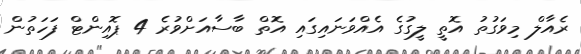
ރެއާލް މިވަގުތު އޮތީ ލީގުގެ އެއްވަނައިގައި އޮތް ބާސާއަށްވުރެ 4 ޕޮއިންޓް ފަހަތުން